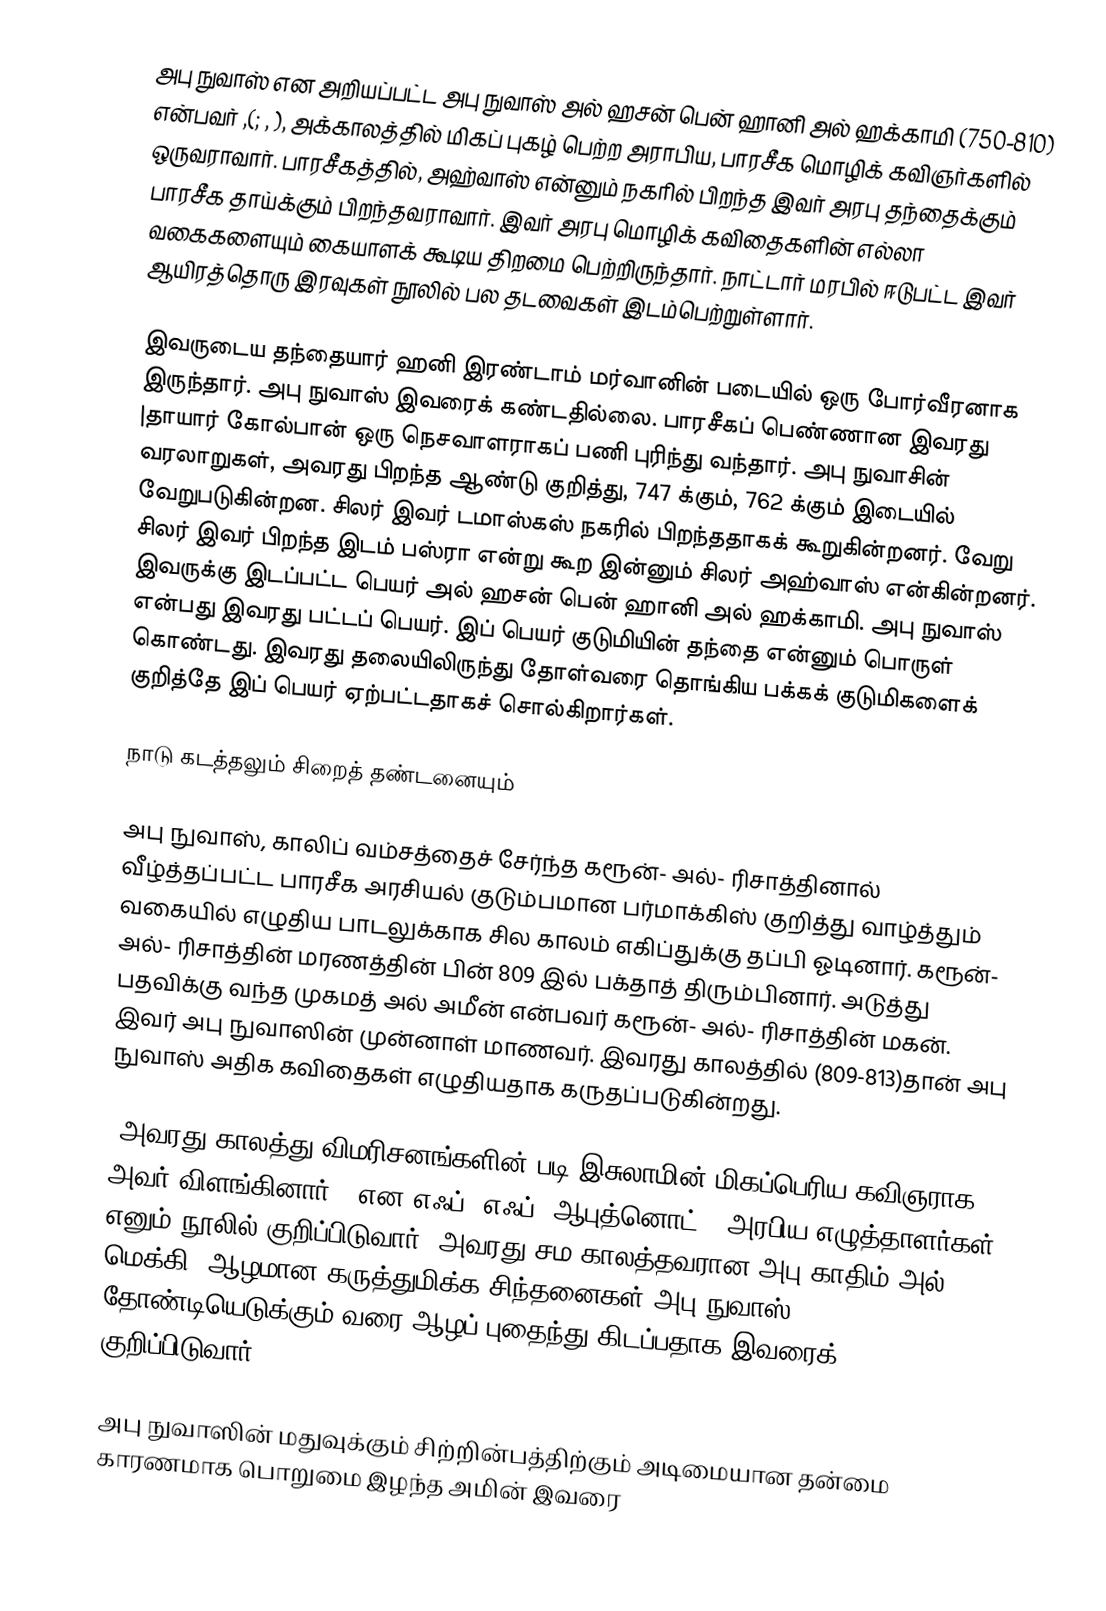
அபு நுவாஸ் என அறியப்பட்ட அபு நுவாஸ் அல் ஹசன் பென் ஹானி அல் ஹக்காமி (750-810) என்பவர்  ,(; , ), அக்காலத்தில் மிகப் புகழ் பெற்ற அராபிய, பாரசீக மொழிக் கவிஞர்களில் ஒருவராவார். பாரசீகத்தில், அஹ்வாஸ் என்னும் நகரில் பிறந்த இவர் அரபு தந்தைக்கும் பாரசீக தாய்க்கும் பிறந்தவராவார். இவர் அரபு மொழிக் கவிதைகளின் எல்லா வகைகளையும் கையாளக் கூடிய திறமை பெற்றிருந்தார். நாட்டார் மரபில் ஈடுபட்ட இவர் ஆயிரத்தொரு இரவுகள் நூலில் பல தடவைகள் இடம்பெற்றுள்ளார்.

இவருடைய தந்தையார் ஹனி இரண்டாம் மர்வானின் படையில் ஒரு போர்வீரனாக இருந்தார். அபு நுவாஸ் இவரைக் கண்டதில்லை. பாரசீகப் பெண்ணான இவரது |தாயார் கோல்பான் ஒரு நெசவாளராகப் பணி புரிந்து வந்தார். அபு நுவாசின் வரலாறுகள், அவரது பிறந்த ஆண்டு குறித்து, 747 க்கும், 762 க்கும் இடையில் வேறுபடுகின்றன. சிலர் இவர் டமாஸ்கஸ் நகரில் பிறந்ததாகக் கூறுகின்றனர். வேறு சிலர் இவர் பிறந்த இடம் பஸ்ரா என்று கூற இன்னும் சிலர் அஹ்வாஸ் என்கின்றனர். இவருக்கு இடப்பட்ட பெயர் அல் ஹசன் பென் ஹானி அல் ஹக்காமி. அபு நுவாஸ் என்பது இவரது பட்டப் பெயர். இப் பெயர் குடுமியின் தந்தை என்னும் பொருள் கொண்டது. இவரது தலையிலிருந்து தோள்வரை தொங்கிய பக்கக் குடுமிகளைக் குறித்தே இப் பெயர் ஏற்பட்டதாகச் சொல்கிறார்கள்.

நாடு கடத்தலும் சிறைத் தண்டனையும்

அபு நுவாஸ், காலிப் வம்சத்தைச் சேர்ந்த கரூன்- அல்- ரிசாத்தினால் வீழ்த்தப்பட்ட பாரசீக அரசியல் குடும்பமான பர்மாக்கிஸ் குறித்து வாழ்த்தும் வகையில் எழுதிய பாடலுக்காக சில காலம் எகிப்துக்கு தப்பி ஓடினார். கரூன்- அல்- ரிசாத்தின் மரணத்தின் பின்  809 இல் பக்தாத் திரும்பினார். அடுத்து பதவிக்கு வந்த முகமத் அல் அமீன் என்பவர்  கரூன்- அல்- ரிசாத்தின் மகன். இவர் அபு நுவாஸின் முன்னாள் மாணவர். இவரது காலத்தில் (809-813)தான் அபு நுவாஸ் அதிக கவிதைகள் எழுதியதாக கருதப்படுகின்றது.

"அவரது காலத்து விமரிசனங்களின் படி இசுலாமின் மிகப்பெரிய கவிஞராக அவர் விளங்கினார்."  என எஃப். எஃப். ஆபுத்னொட் , அரபிய எழுத்தாளர்கள் எனும் நூலில் குறிப்பிடுவார்.  அவரது சம காலத்தவரான அபு காதிம் அல் மெக்கி, ஆழமான கருத்துமிக்க சிந்தனைகள் அபு நுவாஸ் தோண்டியெடுக்கும் வரை ஆழப் புதைந்து கிடப்பதாக இவரைக் குறிப்பிடுவார்.

அபு நுவாஸின் மதுவுக்கும் சிற்றின்பத்திற்கும் அடிமையான தன்மை காரணமாக பொறுமை இழந்த அமின் இவரை